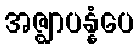
အဇ္ဈာပန္နံပေ